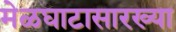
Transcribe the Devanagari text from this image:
मेळघाटासारख्या